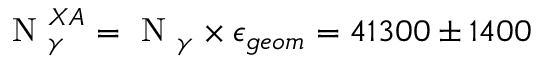
\mathrm { ~ N ~ } _ { \gamma } ^ { X A } = \mathrm { ~ N ~ } _ { \gamma } \times \epsilon _ { g e o m } = 4 1 3 0 0 \pm 1 4 0 0